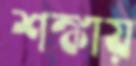
শঙ্কায়